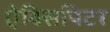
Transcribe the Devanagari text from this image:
ऐक्सिपिटर